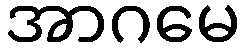
အာဂမေ